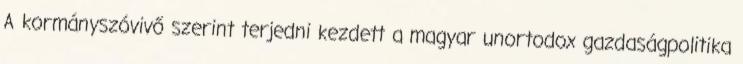
A kormányszóvivő szerint terjedni kezdett a magyar unortodox gazdaságpolitika